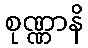
စုဏ္ဏာနိ